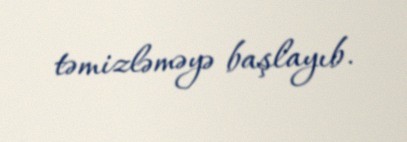
təmizləməyə başlayıb.